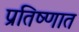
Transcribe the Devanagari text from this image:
प्रतिष्णात